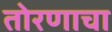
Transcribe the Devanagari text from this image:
तोरणाचा